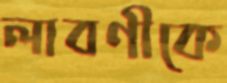
লাবণীকে